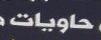
حاويات